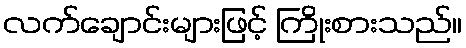
လက်ချောင်းများဖြင့် ကြိုးစားသည်။